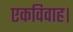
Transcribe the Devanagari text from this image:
एकविवाह।